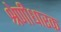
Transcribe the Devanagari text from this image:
श्रेणीधारक